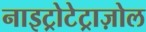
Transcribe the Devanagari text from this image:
नाइट्रोटेट्राज़ोल